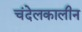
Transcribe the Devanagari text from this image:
चंदेलकालीन